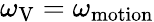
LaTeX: \omega_{\mathrm{V}}=\omega_{\mathrm{motion}}